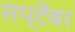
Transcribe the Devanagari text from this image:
सप्टॆंबर